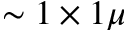
\sim 1 \times 1 \mu